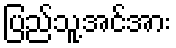
ပြည်သူ့အင်အား